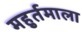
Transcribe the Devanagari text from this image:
महुर्तमाला